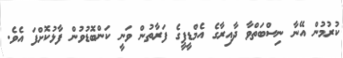
ކުރުމުން އޭނާ ނިސްބަތްވާ ދާއިރާގެ އެމްޑީޕީގެ ފަރާތުން ވަނީ ކަންބޮޑުވުން ފާޅުކޮށްފަ އެވެ.